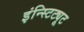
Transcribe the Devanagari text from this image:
इंन्स्टिट्यूट